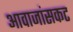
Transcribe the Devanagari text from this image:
आवाजांसकट